Report of the Bombay Veterinary College
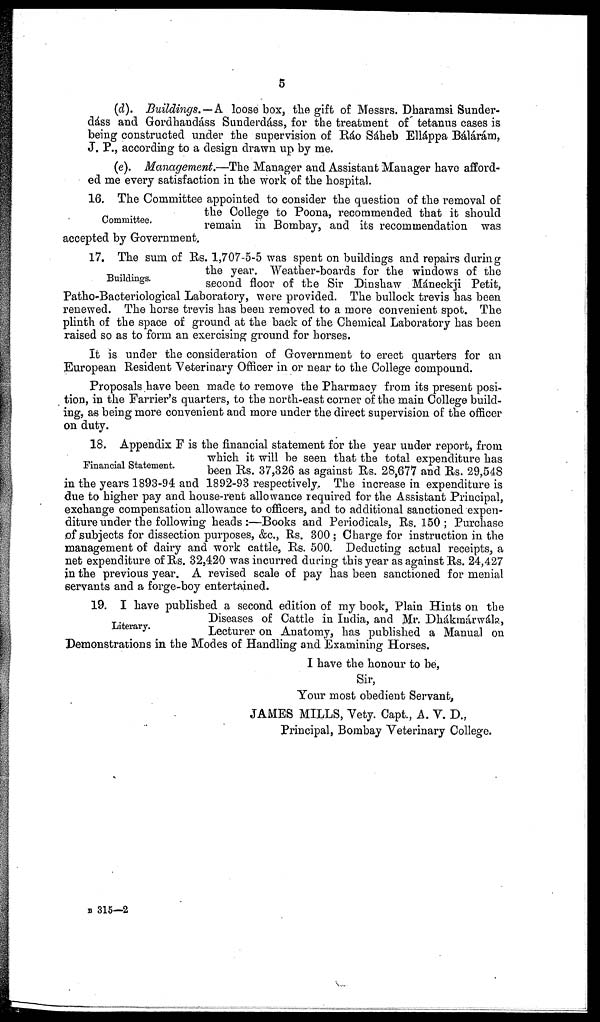
5
(d). Buildings.—A loose box, the gift of Messrs. Dharamsi Sunder-
dáss and Gordhandáss Sunderdáss, for the treatment of tetanus cases is
being constructed under the supervision of Ráo Sáheb Elláppa Bálárám,
J. P., according to a design drawn up by me.
(e). Management.—The Manager and Assistant Manager have afford-
ed me every satisfaction in the work of the hospital.
Committee.
16. The Committee appointed to consider the question of the removal of
the College to Poona, recommended that it should
remain in Bombay, and its recommendation was
accepted by Government.
Buildings.
17. The sum of Rs. 1,707-5-5 was spent on buildings and repairs during
the year. Weather-boards for the windows of the
second floor of the Sir Dinshaw Máneckji Petit,
Patho-Bacteriological Laboratory, were provided. The bullock trevis has been
renewed. The horse trevis has been removed to a more convenient spot. The
plinth of the space of ground at the back of the Chemical Laboratory has been
raised so as to form an exercising ground for horses.
It is under the consideration of Government to erect quarters for an
European Resident Veterinary Officer in or near to the College compound.
Proposals have been made to remove the Pharmacy from its present posi-
tion, in the Farrier's quarters, to the north-east corner of the main College build-
ing, as being more convenient and more under the direct supervision of the officer
on duty.
Financial Statement.
18. Appendix F is the financial statement for the year under report, from
which it will be seen that the total expenditure has
been Rs. 37,326 as against Rs. 28,677 and Rs. 29,548
in the years 1893-94 and 1892-93 respectively. The increase in expenditure is
due to higher pay and house-rent allowance required for the Assistant Principal,
exchange compensation allowance to officers, and to additional sanctioned expen-
diture under the following heads:—Books and Periodicals, Rs. 150; Purchase
of subjects for dissection purposes, &c., Rs. 300 ; Charge for instruction in the
management of dairy and work cattle, Rs. 500. Deducting actual receipts, a
net expenditure of Rs. 32,420 was incurred during this year as against Rs. 24,427
in the previous year. A revised scale of pay has been sanctioned for menial
servants and a forge-boy entertained.
Literary.
19. I have published a second edition of my book, Plain Hints on the
Diseases of Cattle in India, and Mr. Dhákmárwála,
Lecturer on Anatomy, has published a Manual on
Demonstrations in the Modes of Handling and Examining Horses.
I have the honour to be,
Sir,
Your most obedient Servant,
JAMES MILLS, Vety. Capt., A. V. D.,
Principal, Bombay Veterinary College.
B 315—2